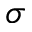
\sigma